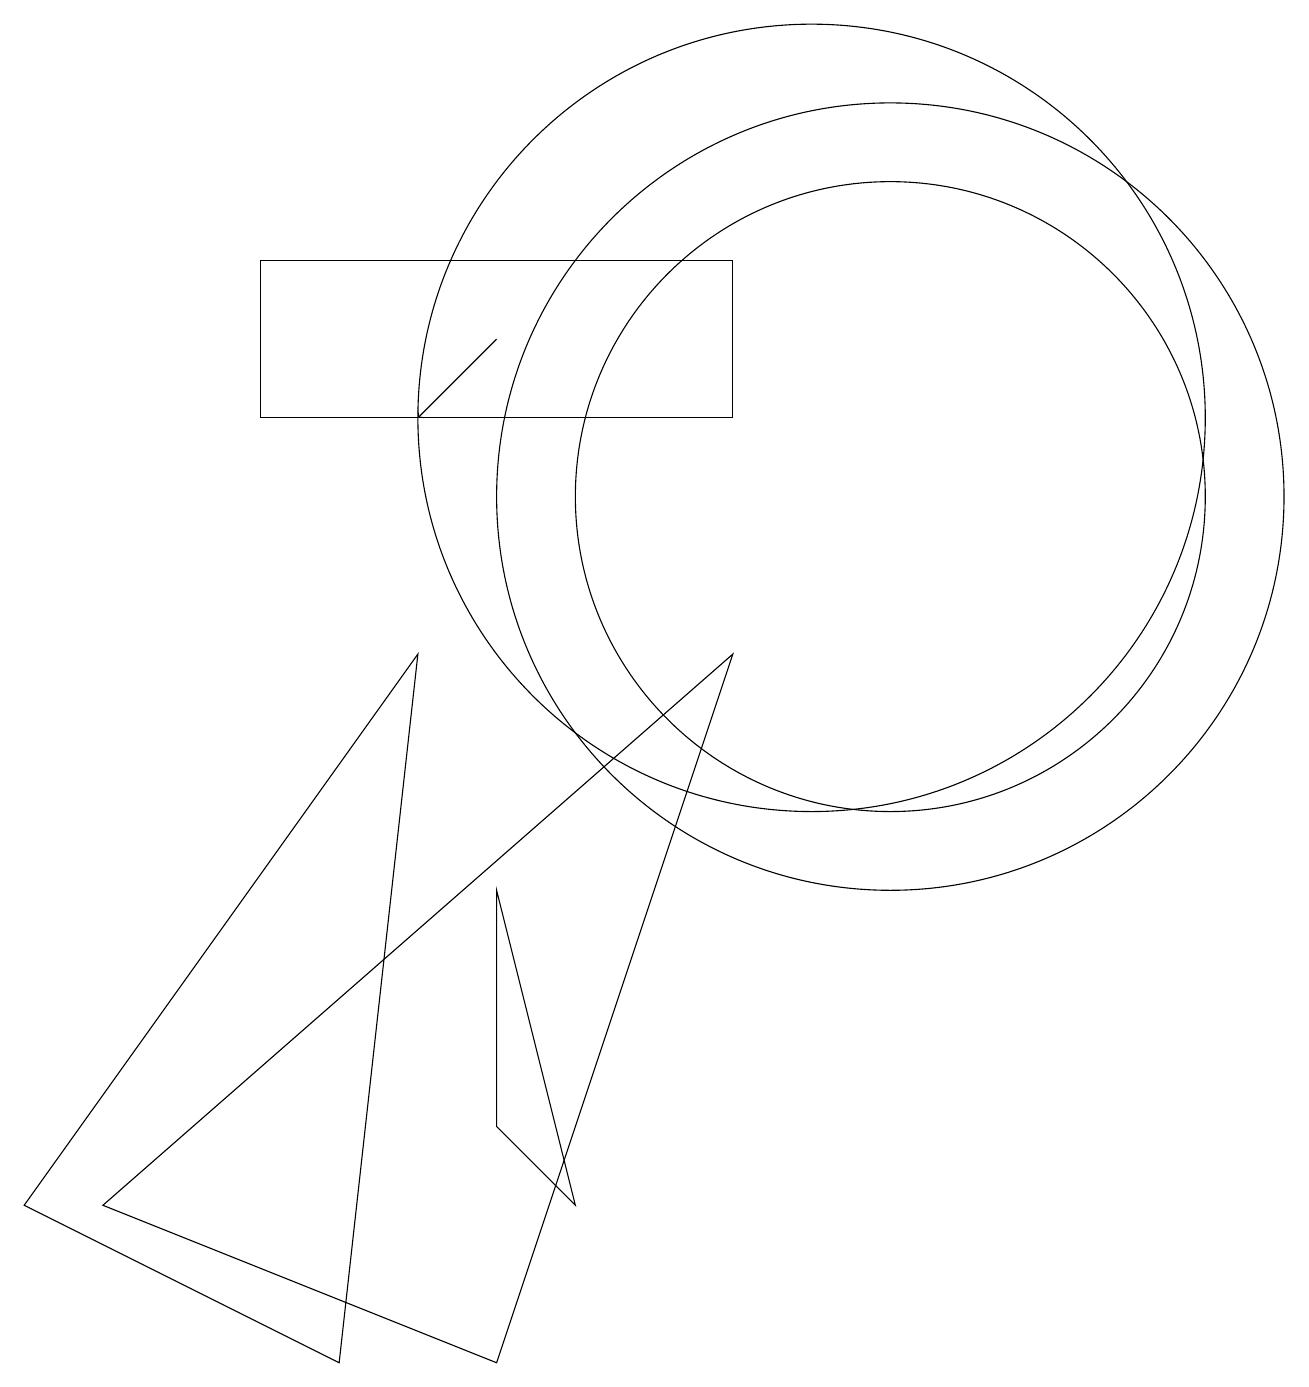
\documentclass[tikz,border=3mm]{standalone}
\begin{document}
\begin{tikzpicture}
\draw (10,12) circle (5);
\draw (11,11) circle (5);
\draw (3,12) rectangle (9,14);
\draw (9,9) -- (1,2) -- (6,0) -- cycle;
\draw[->] (6,13) -- (5,12);
\draw (11,11) circle (4);
\draw (5,9) -- (4,0) -- (0,2) -- cycle;
\draw (7,2) -- (6,3) -- (6,6) -- cycle;
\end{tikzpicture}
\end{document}